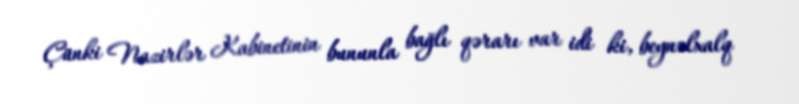
Çünki Nazirlər Kabinetinin bununla bağlı qərarı var idi ki, beynəlxalq